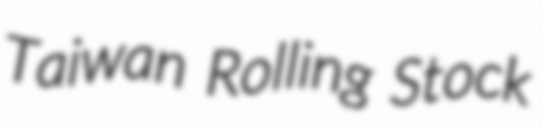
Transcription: Taiwan Rolling Stock